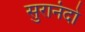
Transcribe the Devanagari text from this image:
सुरानंदो